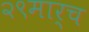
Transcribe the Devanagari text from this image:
२९मार्च